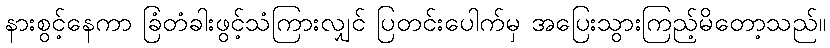
နားစွင့်နေကာ ခြံတံခါးဖွင့်သံကြားလျှင် ပြတင်းပေါက်မှ အပြေးသွားကြည့်မိတော့သည်။